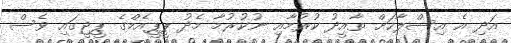
އަދި އެ އިސްލާހަށް ތާއީދު ކުރުމާއި ނުކުރުމާ މެދު ޕީޕީއެމްގެ ޕީޖީގައި ވެސް